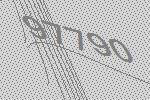
97790